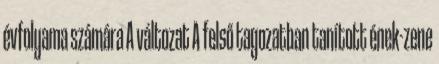
évfolyama számára A változat A felső tagozatban tanított ének-zene